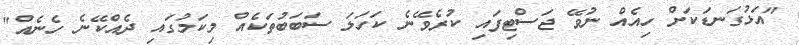
"އަޅުގަނޑަކަށް ހިއެއް ނުވޭ ޖަސްޓިފައި ކުރެވޭނެ ކަހަލަ ސަބަބުތަކެއް މިކަމުގައި ދެއްކޭނެ ހެނެއް"